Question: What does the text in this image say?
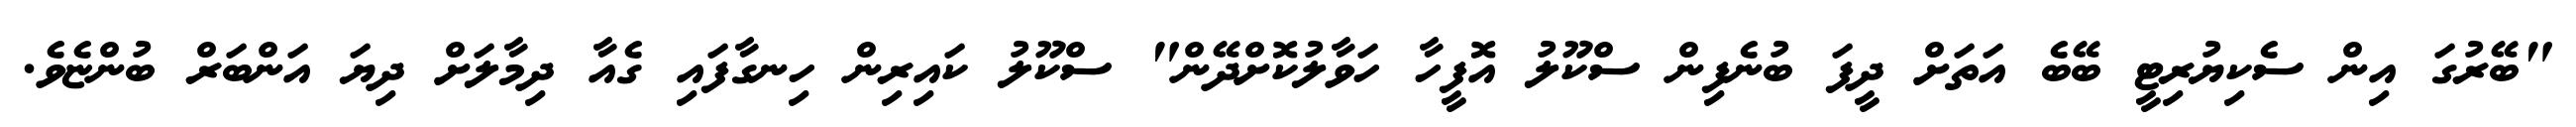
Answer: "ބޭރުގަ އިން ސެކިޔުރިޓީ ބޭބެ އަތަށް ދީފަ ބުނެފިން ސްކޫލު އޮފީހާ ހަވާލުކޮށްދޭން" ސްކޫލު ކައިރިން ހިނގާފައި ގެއާ ދިމާލަށް ދިޔަ އަންބަރް ބުންޏެވެ.